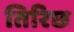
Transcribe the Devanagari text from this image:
तिरिछ